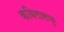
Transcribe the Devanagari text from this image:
कबिलासपुर